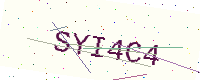
Text: SYI4C4